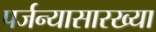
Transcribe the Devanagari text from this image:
पर्जन्यासारख्या